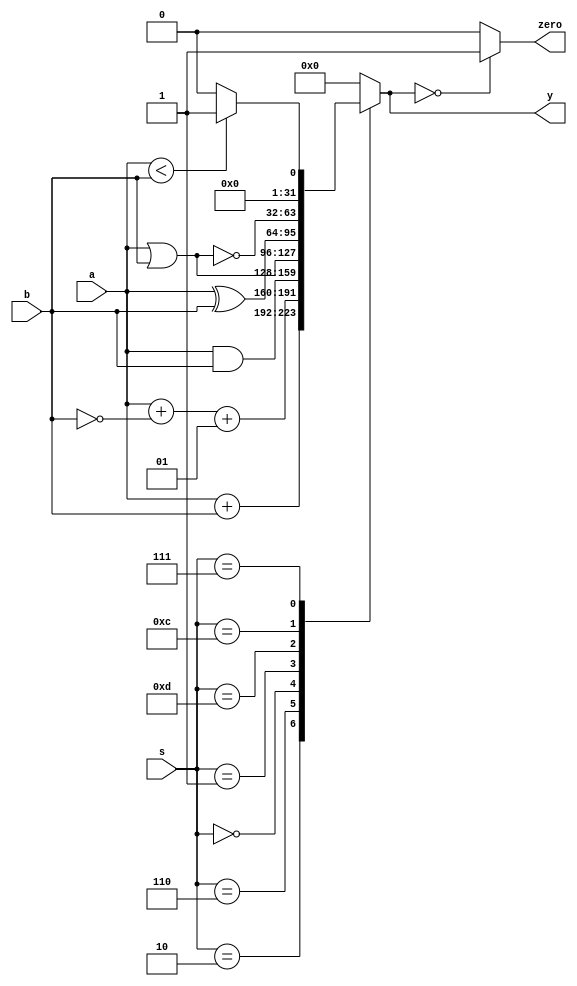
`timescale 1ns / 1ps
//////////////////////////////////////////////////////////////////////////////////
// Company: 
// Engineer: 
// 
// Design Name: 
// Module Name: ALU
// Project Name: 
// Target Devices: 
// Tool Versions: 
// Description: 
// 
// Dependencies: 
// 
// Revision:
// Revision 0.01 - File Created
// Additional Comments:
// 
//////////////////////////////////////////////////////////////////////////////////


module ALU(
    input signed [31:0]a,b,
    input signed[3:0]s,
    output reg [31:0]y,
    output zero
    );
    parameter AND=4'b0000;
    parameter OR=4'b0001;
    parameter ADD=4'b0010;
    parameter SUB=4'b0110;
    parameter SLT=4'b0111;
    parameter NOR=4'b1100;
    parameter XOR=4'b1101;
    
    
    always @ (*)
    begin
        case(s)
            ADD:y=a+b;
            SUB:y=a+~b+1;
            AND:y=a&b;
            OR:y=a|b;
            XOR:y=a^b;
            NOR:y=~(a|b);
            SLT:y=(a<b)?1:0;
            default:y=0;
        endcase
    end
    
    assign zero = (y == 0) ? 1:0;
    
endmodule